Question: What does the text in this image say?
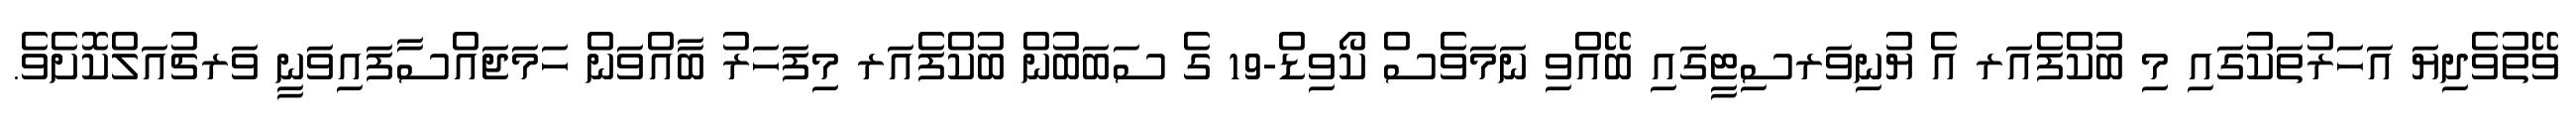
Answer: ވޭތުވެދިޔަ އަހަރުތަކުގައި މި ބުކްފެއަރ އެ ޔުނިވަރސިޓީގައި ބޭއްވި ނަމަވެސް ކޯވިޑް-19 ގެ ސަބަބުން ބުކްފެއަރ މިފަހަރު ބާއްވަން ހަމަޖައްސާފައިވަނީ ވަރޗުއަލްކޮށެވެ.